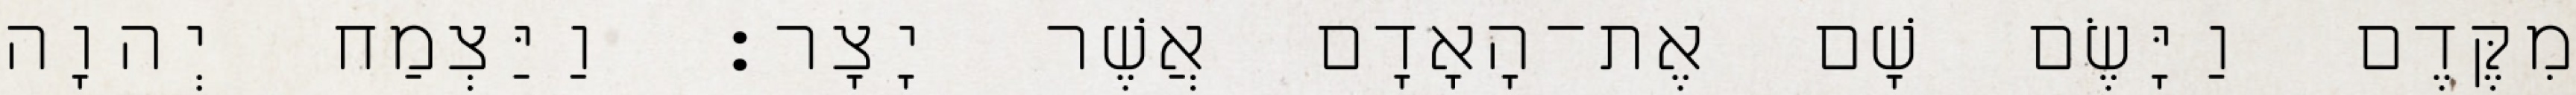
מִקֶּדֶם וַיָּשֶׂם שָׁם אֶת־הָאָדָם אֲשֶׁר יָצָר׃ וַיַּצְמַח יְהוָה